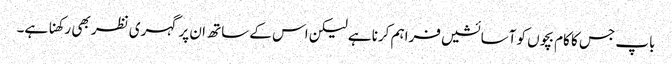
باپ جس کا کام بچوں کو آسائشیں فراہم کرنا ہے لیکن اس کے ساتھ ان پر گہری نظر بھی رکھنا ہے۔